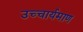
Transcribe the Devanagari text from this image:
उच्चार्यमाण